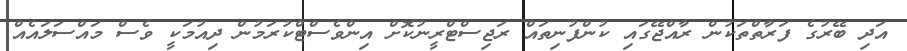
އަދި ބޭރުގެ ފަރާތްތަކުން ރާއްޖޭގައި ކުންފުނިތައް ރަޖިސްޓްރީނުކޮށް އިންވެސްޓްކުރަމުން ދިއުމަކީ ވެސް މައްސަލައެއް